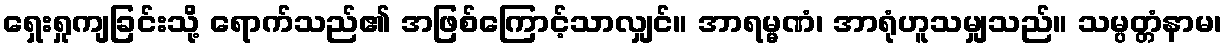
ရှေးရှုကျခြင်းသို့ ရောက်သည်၏ အဖြစ်ကြောင့်သာလျှင်။ အာရမ္မဏံ၊ အာရုံဟူသမျှသည်။ သမ္ပတ္တံနာမ၊